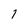
Character: l